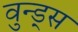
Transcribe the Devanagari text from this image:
वुन्ड्स